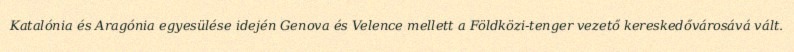
Katalónia és Aragónia egyesülése idején Genova és Velence mellett a Földközi-tenger vezető kereskedővárosává vált.